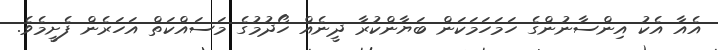
އެއާ އެކު އިންސާނުންގެ ހަމަހަމަކަން ބަޔާންކުރާ ދީނެއް ހޯދުމުގެ މަސައްކަތް އަހަރެން ފެށީމެވެ.